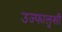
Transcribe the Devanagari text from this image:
उज्फालुसी